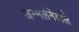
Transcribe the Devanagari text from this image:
जन्मलेनेवाले